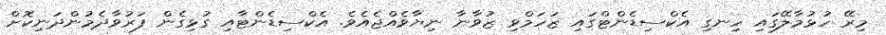
މިރޭ ހުޅުމާލޭގައި ހިނގި އެކްސިޑެންޓްގައި ޒަހަމްވި ޒުވާނާ ނިޔާވެއްޖެއެވެ. އެކްސިޑެންޓާއި ގުޅިގެން ފަރުވާދެމުންދަނިކޮށް